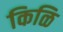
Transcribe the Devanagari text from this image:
किळि